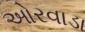
ઓરવાડા